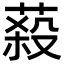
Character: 蔱